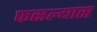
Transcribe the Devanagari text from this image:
फसल्यास